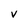
Character: v